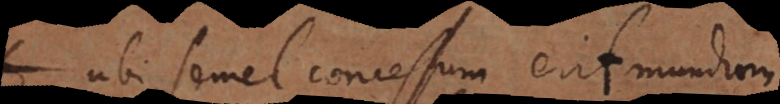
ubi semel concessum erit mundum